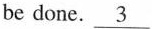
be done. \underline{3}